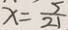
x = \frac { 5 } { 2 1 }